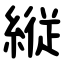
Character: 縦